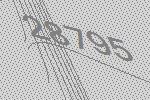
28795